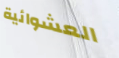
العشوائية